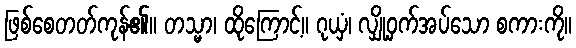
ဖြစ်စေတတ်ကုန်၏။ တသ္မာ၊ ထိုကြောင့်။ ဂုယှံ၊ လျှို့ဝှက်အပ်သော စကားကို။